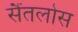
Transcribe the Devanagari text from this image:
सैंतलोस